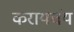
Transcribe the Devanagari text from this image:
करायचंय